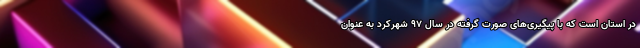
در استان است که با پیگیری‌های صورت گرفته در سال ۹۷ شهرکرد به عنوان